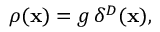
\rho ( { \bf x } ) = g \, \delta ^ { D } ( { \bf x } ) ,